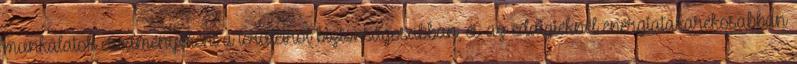
munkálatok eredményeként a területrõl biztonságosabban, és az eddigieknél energiatakarékosabban